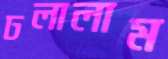
ঢলালাম